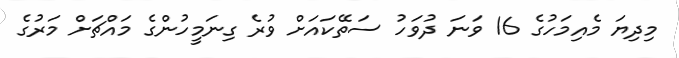
މިދިޔަ މެއިމަހުގެ 16 ވަނަ ދުވަހު ސަތޭކައަށް ވުރެ ގިނަމީހުންގެ މައްޗަށް މަރުގެ